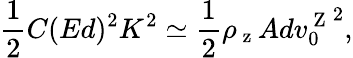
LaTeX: \frac{1}{2}C(Ed)^{2}K^{2}\simeq\frac{1}{2}\rho_{\mathrm{~z~}}Ad{v_{0}^{\mathrm{~Z~}}}^{2},